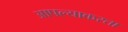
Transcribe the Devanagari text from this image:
आपल्याकरता